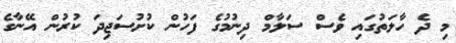
މި ދެ ހާލަތުގައި ވެސް ސަލާމް ދިނުމުގެ ފަހުން ކުށުސަޖިދަ ކުރުން އޭނާގެ